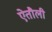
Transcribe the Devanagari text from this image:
ऐतौली